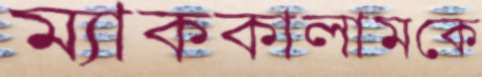
ম্যাককালামকে